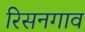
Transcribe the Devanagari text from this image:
रिसनगाव